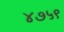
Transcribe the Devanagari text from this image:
४७५९